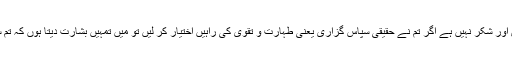
مسلمان کا پوچھنے پر الحمدللہ کہہ دینا سچا سپاس اور شکر نہیں ہے اگر تم نے حقیقی سپاس گزاری یعنی طہارت و تقویٰ کی راہیں اختیار کر لیں تو میں تمہیں بشارت دیتا ہوں کہ تم سرحد پر کھڑے ہوکوئی تم پر غالب نہیں آ سکتا‘‘۔